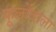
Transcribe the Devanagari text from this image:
फूलोंवाला